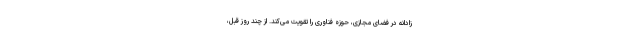
زادانه در فضای مجازی، حوزه فناوری را تقویت می‌کند. از چند روز قبل،